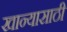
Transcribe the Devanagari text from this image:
खान्यासाठी